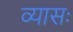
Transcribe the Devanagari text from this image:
व्यासः